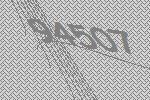
94507